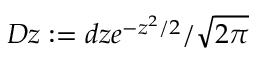
D z : = d z e ^ { - z ^ { 2 } / 2 } / \sqrt { 2 \pi }